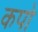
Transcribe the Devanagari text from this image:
कपो